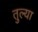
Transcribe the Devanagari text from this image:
तुल्या